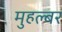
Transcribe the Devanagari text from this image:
मुहल्बर